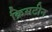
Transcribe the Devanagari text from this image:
क्रिसटीन